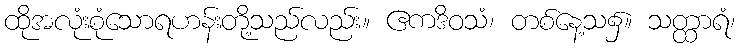
ထိုအလုံးစုံသောရဟန်းတို့သည်လည်း။ ဧကဒိဝသံ၊ တစ်နေ့သ၌။ သတ္ထာရံ၊